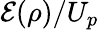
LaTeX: \mathcal{E}(\rho)/U_{p}